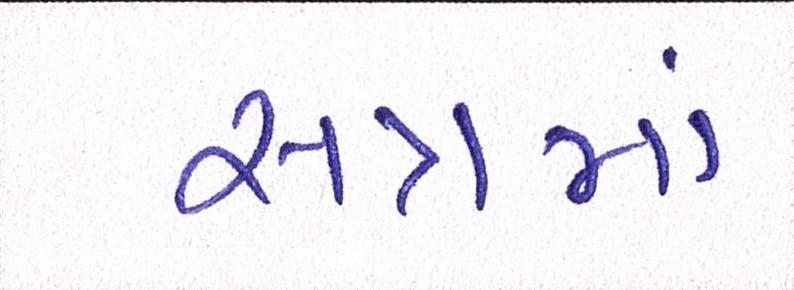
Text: સત્રમાં